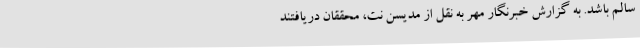
سالم باشد. به گزارش خبرنگار مهر به نقل از مدیسن نت، محققان دریافتند